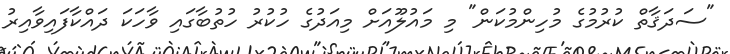
"ސަދަޤާތް ކުރުމުގެ މުހިންމުކަން" މި މައުލޫއަށް މިއަދުގެ ހުކުރު ހުތުބާގައި ވާހަކަ ދައްކާފައިވާއިރު